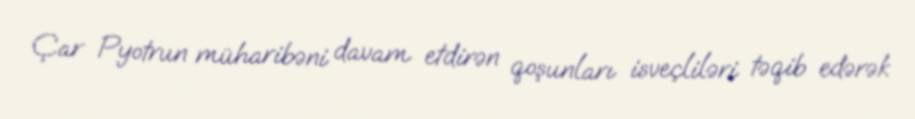
Çar Pyotrun müharibəni davam etdirən qoşunları isveçliləri təqib edərək